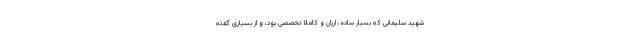
شهید سلیمانی که بسیار ساده، ارزان و کاملا تخصصی بود، و از بسیاری گفته